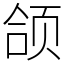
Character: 颌